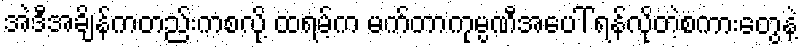
အဲဒီအချိန်ကတည်းကစလို့ ထရမ့်က မက်တာကုမ္ပဏီအပေါ် ရန်လိုတဲ့စကားတွေနဲ့